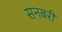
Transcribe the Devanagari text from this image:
सनबरी